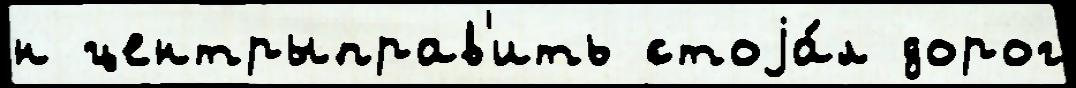
н центрыправ'ить стоjа́л дорог